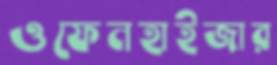
ওফেনহাইজার